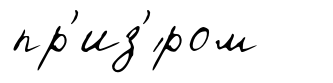
пр'из'́ром